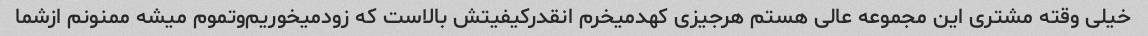
خیلی وقته مشتری این مجموعه عالی هستم هرجیزی کهدمیخرم انقدرکیفیتش بالاست که زودمیخوریم‌وتموم میشه ممنونم ازشما